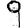
Digit: 9